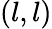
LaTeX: (l,l)